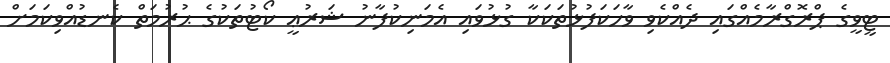
ޓީވީގެ ޕްރޮގްރާމެއްގައި ދެއްކެވި ވާހަކަފުޅުތަކަކާ ގުޅުވައި އެމަނިކުފާނު ޝަރުޢީ ކޯޓުތަކުގެ ޙުރުމަތް ކެނޑުއްވިކަމަށް